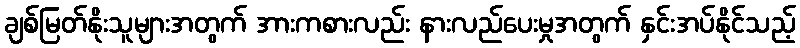
ချစ်မြတ်နိုးသူများအတွက် အားကစားလည်း နားလည်ပေးမှုအတွက် နှင်းအပ်နိုင်သည့်